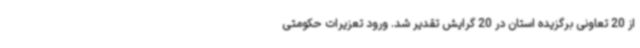
از 20 تعاونی برگزیده استان در 20 گرایش تقدیر شد. ورود تعزیرات حکومتی